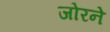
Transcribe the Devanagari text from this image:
जोरने